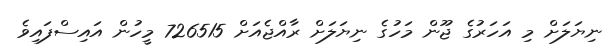
ނިޔަލަށް މި އަހަރުގެ ޖޫން މަހުގެ ނިޔަލަށް ރާއްޖެއަށް 726515 މީހުން އައިސްފައިވެ